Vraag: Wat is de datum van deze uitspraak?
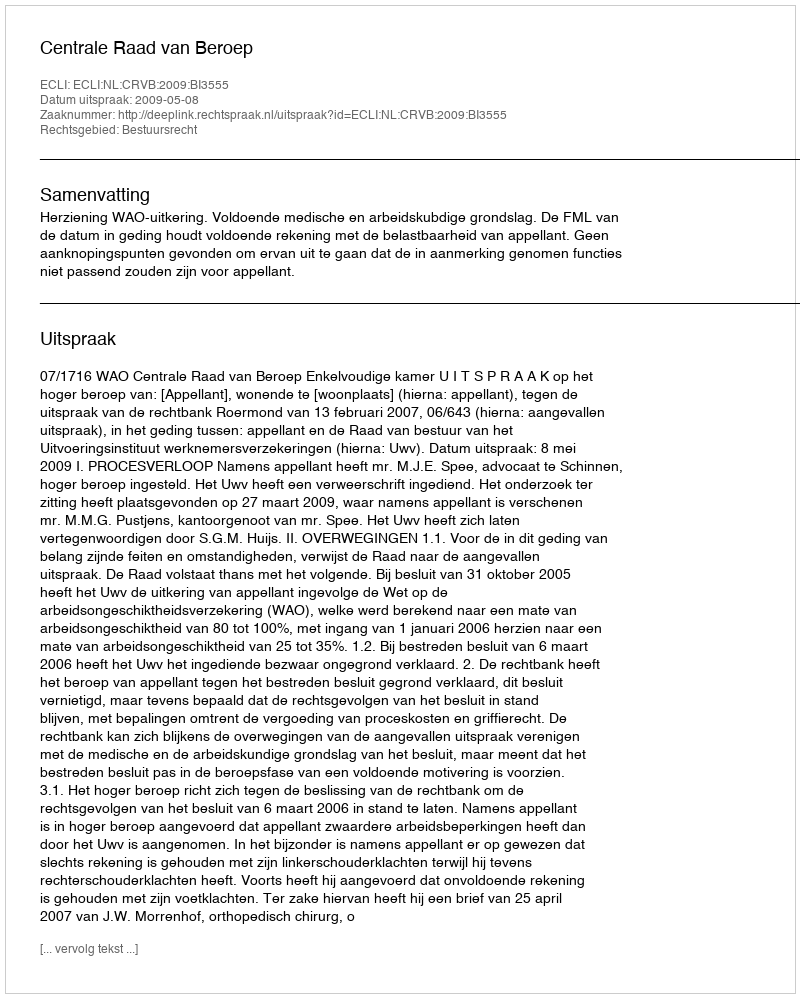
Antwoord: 2009-05-08